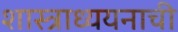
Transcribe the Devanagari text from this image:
शास्त्राध्ययनाची